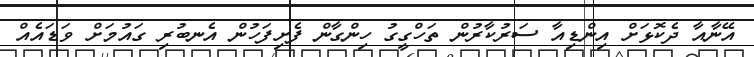
އޭނާއާ ދެކޮޅަށް އިންޑިއާ ސަރުކާރުން ތަހްގީގު ހިންގާން ފެށިފަހުން އެނބުރި ގައުމަށް ވަޑައެއް